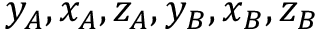
y _ { A } , x _ { A } , z _ { A } , y _ { B } , x _ { B } , z _ { B }